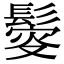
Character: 𩮃